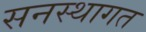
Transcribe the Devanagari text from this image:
सनस्थागत